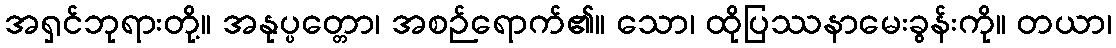
အရှင်ဘုရားတို့။ အနုပ္ပတ္တော၊ အစဉ်ရောက်၏။ သော၊ ထိုပြဿနာမေးခွန်းကို။ တယာ၊